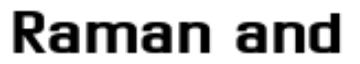
Raman and